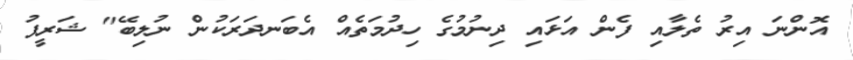
އޮންނަ އިރު ތެލާއި ފެން އަޅައި ދިނުމުގެ ހިދުމަތެއް އެބަނދަރަކުން ނުލިބޭ" ޝަރީފު